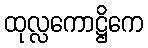
ထုလ္လကောဋ္ဌိကေ